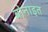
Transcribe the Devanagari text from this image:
बोनाइत